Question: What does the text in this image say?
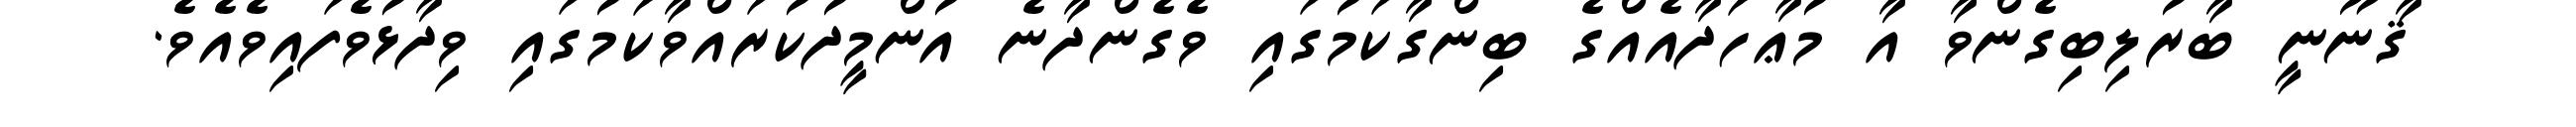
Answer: ޤާނޫނީ ބާރުލިބިގެންވާ އާ މުޢާހަދާއެއްގެ ބިންގާކަމުގައި ވެގެންދާނެ އުންމީދުކުރައްވާކަމުގައި ވިދާޅުވެފައިވެއެވެ.